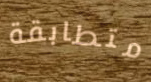
متطابقة